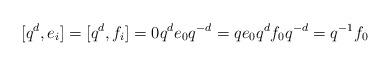
LaTeX: \begin{align*}[q^d, e_i] = [q^d, f_i] = 0 q^de_0 q^{-d} = q e_0 q^df_0q^{-d} = q^{-1} f_0\end{align*}